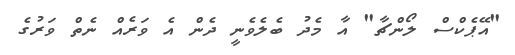
"އޭޕެކްސް ލޯންޗާ" އާ މެދު ބެލެވެނީ ދެން އެ ވަރެއް ނެތް ވަރުގެ